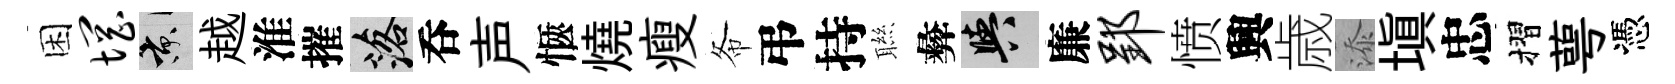
困惘京越淮摧落呑声愜燒瘦𢁙弔持聮彜阳廉郢愤興歳添填忠摺萼憑